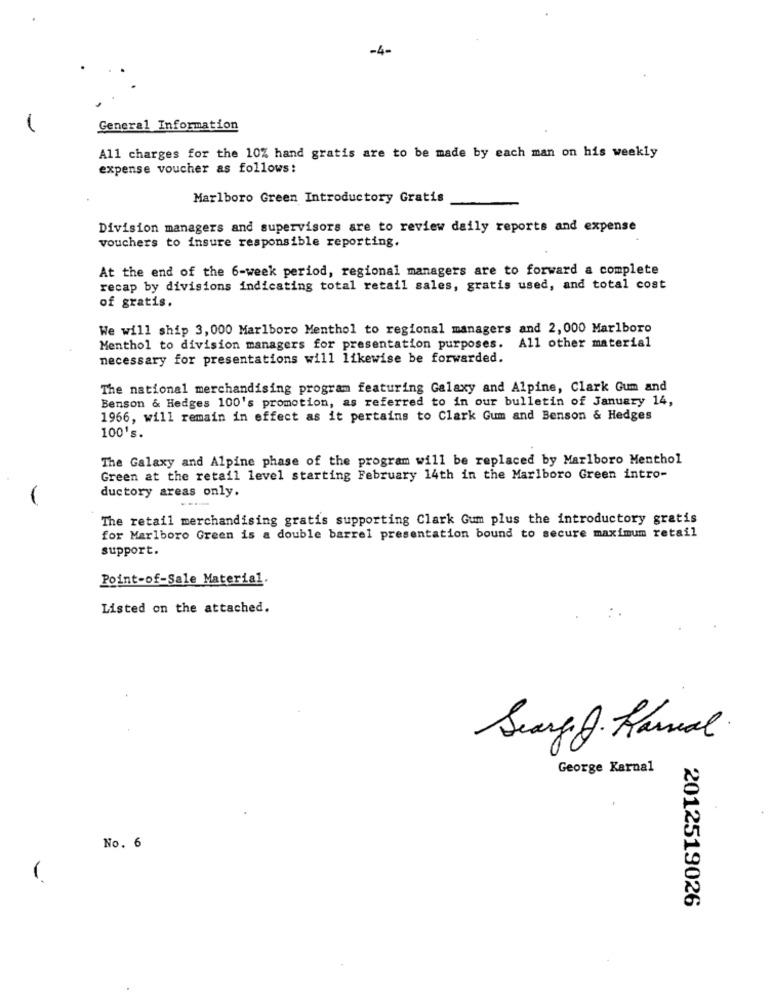
-4-
-
General Information
All charges for the 10% hand gratis are to be made by each man on his weekly
expense voucher as follows:
Marlboro Green Introductory Gratis
Division managers and supervisors are to review daily reports and expense
vouchers to insure responsible reporting.
At the end of the 6-week period, regional managers are to forward a complete
recap by divisions indicating total retail sales, gratis used, and total cost
of gratis.
We will ship 3, 000 Marlboro Menthol to regional managers and 2,000 Marlboro
Menthol to division managers for presentation purposes.
All other material
necessary for presentations will likewise be forwarded.
The national merchandising program featuring Galaxy and Alpine, Clark Gum and
Benson & Hedges 100's promotion, as referred to in our bulletin of January 14,
1966, will remain in effect as it pertains to Clark Gum and Benson & Hedges
100's.
The Galaxy and Alpine phase of the program will be replaced by Marlboro Menthol
Green at the retail level starting February 14th in the Marlboro Green intro-
ductory areas only.
The retail merchandising gratis supporting Clark Gum plus the introductory gratis
for Marlboro Green is a double barrel presentation bound to secure maximum retail
support.
Point-of-Sale Material.
Listed on the attached.
Serge J. Ramal
George Karnal
No. 6
2012519026